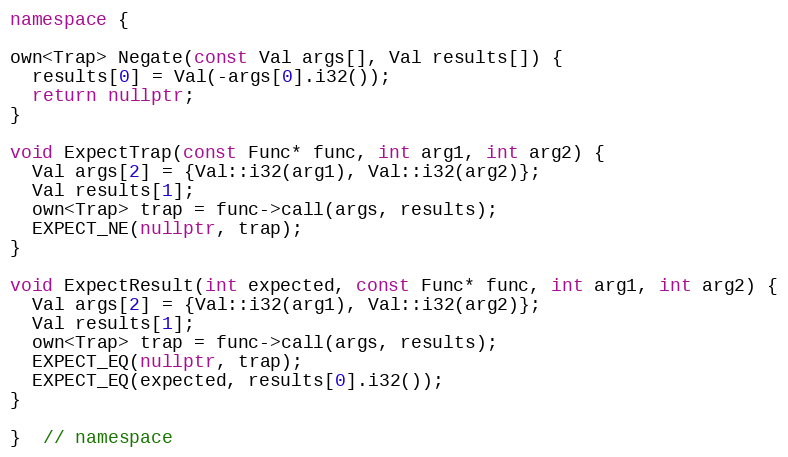
Language: C++
namespace {

own<Trap> Negate(const Val args[], Val results[]) {
  results[0] = Val(-args[0].i32());
  return nullptr;
}

void ExpectTrap(const Func* func, int arg1, int arg2) {
  Val args[2] = {Val::i32(arg1), Val::i32(arg2)};
  Val results[1];
  own<Trap> trap = func->call(args, results);
  EXPECT_NE(nullptr, trap);
}

void ExpectResult(int expected, const Func* func, int arg1, int arg2) {
  Val args[2] = {Val::i32(arg1), Val::i32(arg2)};
  Val results[1];
  own<Trap> trap = func->call(args, results);
  EXPECT_EQ(nullptr, trap);
  EXPECT_EQ(expected, results[0].i32());
}

}  // namespace